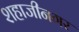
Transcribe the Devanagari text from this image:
शहाजीनगर